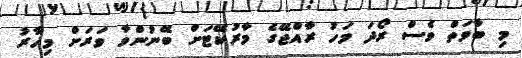
މި ބާވަތް ވެސް ރޯދަ މަހު ރާއްޖޭގެ މާރުކޭޓަށް ބޭނުންވާ ވަރަށް މިހާރު